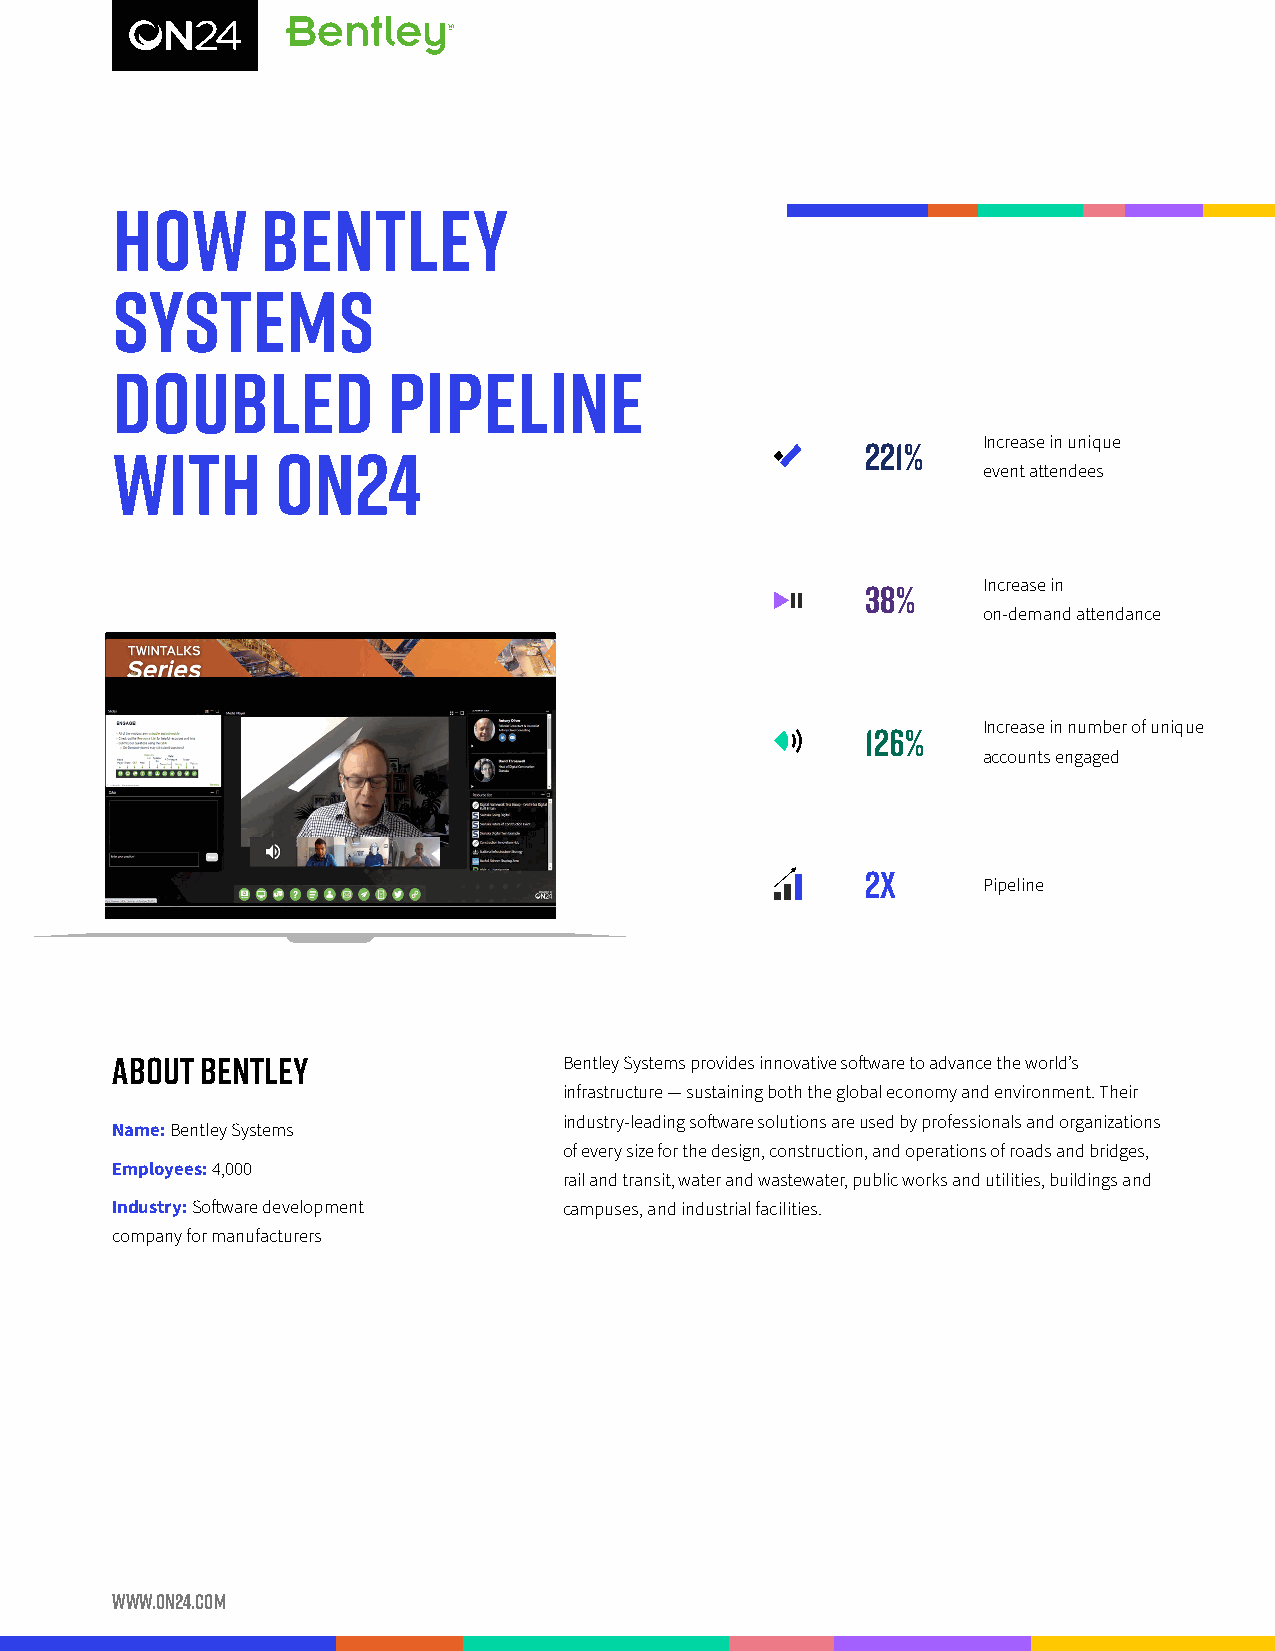
HOW       BENTLEY
 SYSTEMS
 DOUBLED            PIPELINE
 Increase in unique
 221%
 WITH       ON24
 event attendees
 Increase in
 38%
 on-demand attendance
 CONSOLE IMAGE GOES HERE
 Increase in number of unique
 126%
 accounts engaged
 2X      Pipeline
 ABOUT BENTLEY                 Bentley Systems provides innovative software to advance the world’s
 infrastructure — sustaining both the global economy and environment. Their
 industry-leading software solutions are used by professionals and organizations
 Name: Bentley Systems
 of every size for the design, construction, and operations of roads and bridges,
 Employees: 4,000
 rail and transit, water and wastewater, public works and utilities, buildings and
 Industry: Software development campuses, and industrial facilities.
 company for manufacturers
 www.on24.com